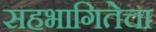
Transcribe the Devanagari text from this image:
सहभागितेचा